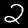
Digit: 2